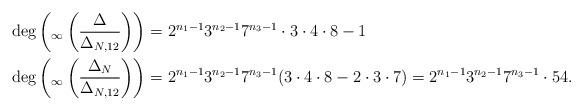
LaTeX: \begin{align*}&\deg\left(_\infty\left(\frac{\Delta}{\Delta_{N,12}}\right)\right)=2^{n_1-1}3^{n_2-1}7^{n_3-1}\cdot 3\cdot 4\cdot 8-1\\&\deg\left(_\infty\left(\frac{\Delta_N}{\Delta_{N,12}}\right)\right)=2^{n_1-1}3^{n_2-1}7^{n_3-1}( 3\cdot 4\cdot 8-2\cdot 3\cdot 7)=2^{n_1-1}3^{n_2-1}7^{n_3-1}\cdot 54.\end{align*}